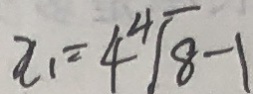
x _ { 1 } = 4 ^ { 4 } \sqrt { 8 } - 1